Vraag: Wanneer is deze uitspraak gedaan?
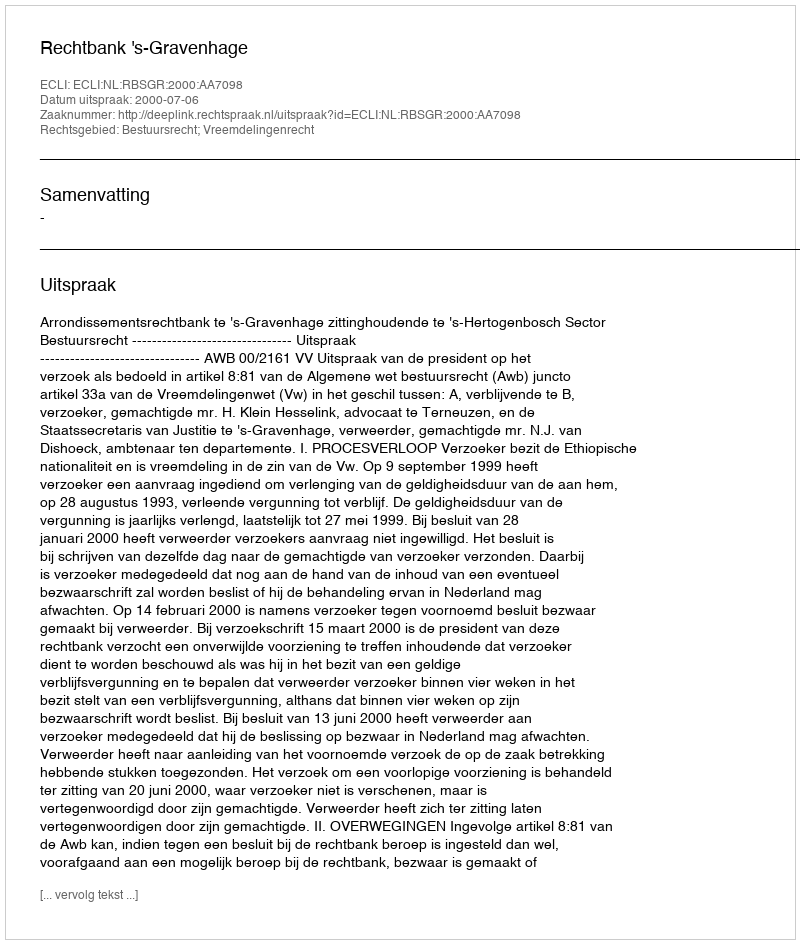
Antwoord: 2000-07-06